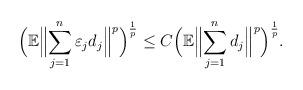
LaTeX: \begin{align*} \Bigl(\mathbb E \Bigl\| \sum^n_{j=1} \varepsilon_j d_j\Bigr\|^p\Bigr )^{\frac 1p}\leq C \Bigl(\mathbb E \Bigl \| \sum^n_{j=1}d_j\Bigr\|^p\Bigr )^{\frac 1p}.\end{align*}